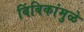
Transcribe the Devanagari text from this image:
बिंबिकांमुळे